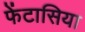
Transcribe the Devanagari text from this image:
फेंटासिया